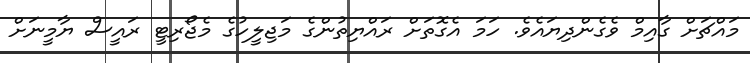
މައްޗަށް ގާއިމް ވެގެންދިޔައެވެ. ހަމަ އެގޮތަށް ރައްޔިތުންގެ މަޖިލީހުގެ މެޖޯރިޓީ ރައީސް ޔާމީނަށް